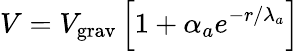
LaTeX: V=V_{\mathrm{grav}}\left[1+\alpha_{a}e^{-r/\lambda_{a}}\right]